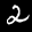
Label: 2